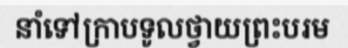
នាំទៅក្រាបទូលថ្វាយព្រះបរម